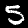
Label: 5